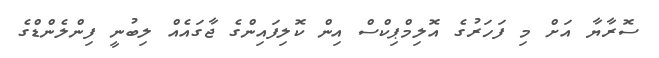
ސޮރާޔާ އަށް މި ފަހަރުގެ އޮލިމްޕިކްސް އިން ކޮލިފައިންގެ ޖާގައެއް ލިބުނީ ފިންލެންޑްގެ